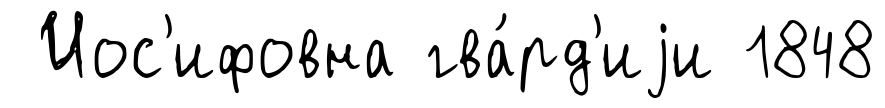
Иос'ифовна гва́рд'иjи 1848